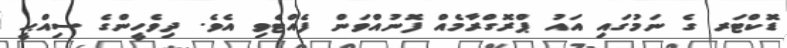
ޑޮކްޓަރ ގެ ނަމުގައި އައު ޕްރޮގްރާމެއް ފޮނުއްވަން ފެއްޓެވި އެވެ. ދިވެހީންގެ ސިއްޙީ